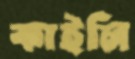
কাইলি